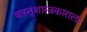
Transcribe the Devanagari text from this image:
वास्तूशास्त्रकाराला